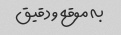
به موقع و دقیق